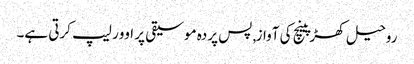
روحیل کھڑپینچ کی آواز, پس پردہ موسیقی پر اوور لیپ کرتی ہے۔